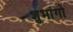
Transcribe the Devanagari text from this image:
शुभांगो